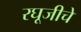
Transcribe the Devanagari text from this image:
रघूजीचे